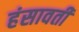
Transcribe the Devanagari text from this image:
हंसावती